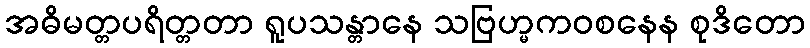
အဓိမတ္တပရိတ္တတာ ရူပသန္တာနေ သဗြဟ္မကဝစနေန စုဒိတော